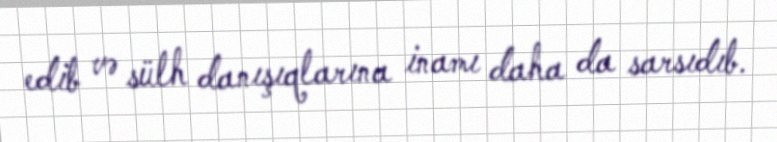
edib və sülh danışıqlarına inamı daha da sarsıdıb.